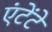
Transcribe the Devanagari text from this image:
एंटेंटे